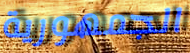
الجمهورية